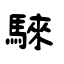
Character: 騋